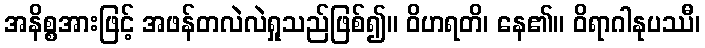
အနိစ္စအားဖြင့် အဖန်တလဲလဲရှုသည်ဖြစ်၍။ ဝိဟရတိ၊ နေ၏။ ဝိရာဂါနုပဿီ၊